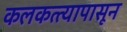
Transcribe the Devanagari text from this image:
कलकत्त्यापासून